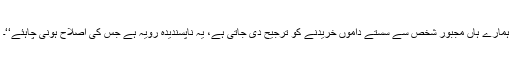
ہمارے ہاں مجبور شخص سے سستے داموں خریدنے کو ترجیح دی جاتی ہے، یہ ناپسندیدہ رویہ ہے جس کی اصلاح ہونی چاہئے‘‘۔